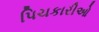
પિચકારીઓ